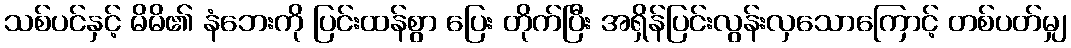
သစ်ပင်နှင့် မိမိ၏ နံဘေးကို ပြင်းထန်စွာ ပြေး တိုက်ပြီး အရှိန်ပြင်းလွန်းလှသောကြောင့် တစ်ပတ်မျှ